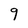
Character: 9